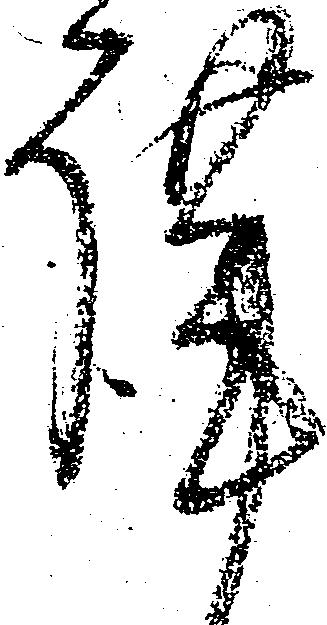
謹